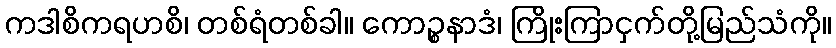
ကဒါစိကရဟစိ၊ တစ်ရံတစ်ခါ။ ကောဉ္စနာဒံ၊ ကြိုးကြာငှက်တို့မြည်သံကို။